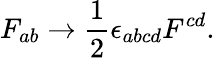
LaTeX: F_{ab}\rightarrow{\frac{1}{2}}\epsilon_{abcd}F^{cd}.